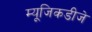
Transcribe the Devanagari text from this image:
म्यूजिकडीजे